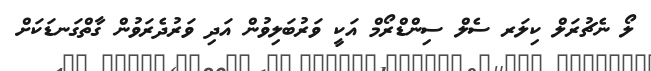
ލޯ ނެޗުރަލް ކިލަރ ސެލް ސިންޑްރޯމް އަކީ ވަރުބަލިވުން އަދި ވަރުދެރަވުން ގާތްގަނޑަކަށް